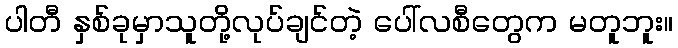
ပါတီ နှစ်ခုမှာသူတို့လုပ်ချင်တဲ့ ပေါ်လစီတွေက မတူဘူး။